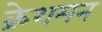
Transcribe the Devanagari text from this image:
क्रेशमन